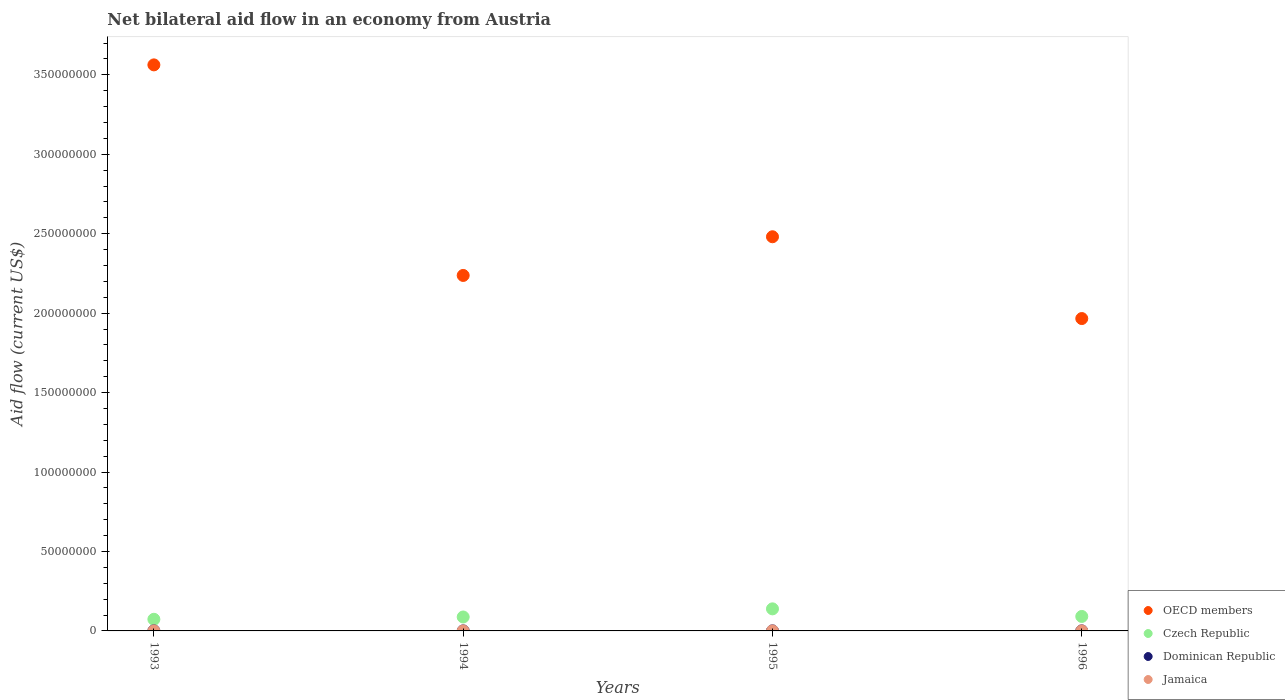
| Years | OECD members | Czech Republic | Dominican Republic | Jamaica |
 | --- | --- | --- | --- | --- |
 | 1993 | 3.56e+08 | 7.32e+06 | 4e+04 | 2e+04 |
 | 1994 | 2.24e+08 | 8.77e+06 | 2e+04 | 1e+04 |
 | 1995 | 2.48e+08 | 1.39e+07 | 4e+04 | 2e+04 |
 | 1996 | 1.97e+08 | 9.11e+06 | 3e+04 | 2e+04 |